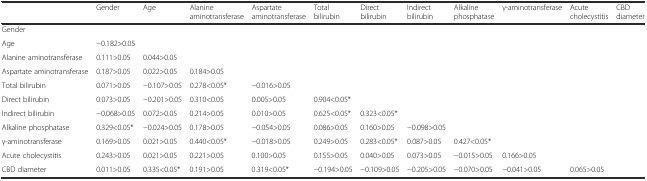
<table><thead><tr><td></td><td><b>Gender</b></td><td><b>Age</b></td><td><b>Alanine aminotransferase</b></td><td><b>Aspartate aminotransferase</b></td><td><b>Total bilirubin</b></td><td><b>Direct bilirubin</b></td><td><b>Indirect bilirubin</b></td><td><b>Alkaline phosphatase</b></td><td><b>γ-aminotransferase</b></td><td><b>Acute cholecystitis</b></td><td><b>CBD diameter</b></td></tr></thead><tbody><tr><td>Gender</td><td></td><td></td><td></td><td></td><td></td><td></td><td></td><td></td><td></td><td></td><td></td></tr><tr><td>Age</td><td>−0.182&gt;0.05</td><td></td><td></td><td></td><td></td><td></td><td></td><td></td><td></td><td></td><td></td></tr><tr><td>Alanine aminotransferase</td><td>0.111&gt;0.05</td><td>0.044&gt;0.05</td><td></td><td></td><td></td><td></td><td></td><td></td><td></td><td></td><td></td></tr><tr><td>Aspartate aminotransferase</td><td>0.187&gt;0.05</td><td>0.022&gt;0.05</td><td>0.184&gt;0.05</td><td></td><td></td><td></td><td></td><td></td><td></td><td></td><td></td></tr><tr><td>Total bilirubin</td><td>0.071&gt;0.05</td><td>−0.107&gt;0.05</td><td>0.278&lt;0.05*</td><td>−0.016&gt;0.05</td><td></td><td></td><td></td><td></td><td></td><td></td><td></td></tr><tr><td>Direct bilirubin</td><td>0.073&gt;0.05</td><td>−0.201&gt;0.05</td><td>0.310&lt;0.05</td><td>0.005&gt;0.05</td><td>0.904&lt;0.05*</td><td></td><td></td><td></td><td></td><td></td><td></td></tr><tr><td>Indirect bilirubin</td><td>−0.068&gt;0.05</td><td>0.072&gt;0.05</td><td>0.214&gt;0.05</td><td>0.010&gt;0.05</td><td>0.625&lt;0.05*</td><td>0.323&lt;0.05*</td><td></td><td></td><td></td><td></td><td></td></tr><tr><td>Alkaline phosphatase</td><td>0.329&lt;0.05*</td><td>−0.024&gt;0.05</td><td>0.178&gt;0.05</td><td>−0.054&gt;0.05</td><td>0.086&gt;0.05</td><td>0.160&gt;0.05</td><td>−0.098&gt;0.05</td><td></td><td></td><td></td><td></td></tr><tr><td>γ-aminotransferase</td><td>0.169&gt;0.05</td><td>0.021&gt;0.05</td><td>0.440&lt;0.05*</td><td>−0.018&gt;0.05</td><td>0.249&gt;0.05</td><td>0.283&lt;0.05*</td><td>0.087&gt;0.05</td><td>0.427&lt;0.05*</td><td></td><td></td><td></td></tr><tr><td>Acute cholecystitis</td><td>0.243&gt;0.05</td><td>0.021&gt;0.05</td><td>0.221&gt;0.05</td><td>0.100&gt;0.05</td><td>0.155&gt;0.05</td><td>0.040&gt;0.05</td><td>0.073&gt;0.05</td><td>−0.015&gt;0.05</td><td>0.166&gt;0.05</td><td></td><td></td></tr><tr><td>CBD diameter</td><td>0.011&gt;0.05</td><td>0.335&lt;0.05*</td><td>0.191&gt;0.05</td><td>0.319&lt;0.05*</td><td>−0.194&gt;0.05</td><td>−0.109&gt;0.05</td><td>−0.205&gt;0.05</td><td>−0.070&gt;0.05</td><td>−0.041&gt;0.05</td><td>0.065&gt;0.05</td><td></td></tr></tbody></table>